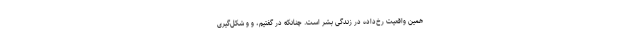
همین واقعیت رخ‌داده در زندگی بشر است. چنانکه در گفتیم، و و شکل‌گیری